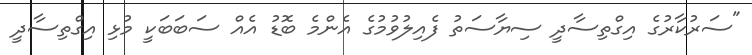
"ސަރުކާރުގެ އިގްތިސާދީ ސިޔާސަތު ފެއިލުވުމުގެ އެންމެ ބޮޑު އެއް ސަބަބަކީ މުޅި އިގްތިސާދީ